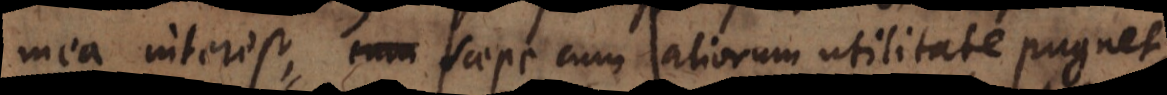
mea interest, saepe cum aliorum utilitate pugnet,